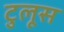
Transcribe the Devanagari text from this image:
टुलूस